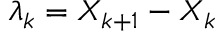
\lambda _ { k } = X _ { k + 1 } - X _ { k }